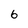
Character: 6